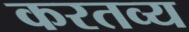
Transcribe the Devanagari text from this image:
करतव्य